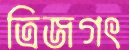
ত্রিজগৎ